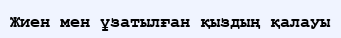
Жиен мен ұзатылған қыздың қалауы